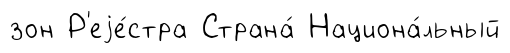
зон Р'еjе́стра Страна́ Национа́льный